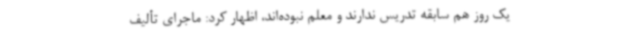
یک روز هم سابقه تدریس ندارند و معلم نبوده‌اند، اظهار کرد: ماجرای تألیف